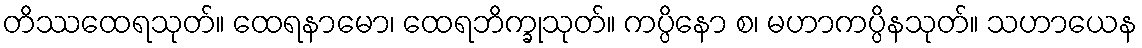
တိဿထေရသုတ်။ ထေရနာမော၊ ထေရဘိက္ခုသုတ်။ ကပ္ပိနော စ၊ မဟာကပ္ပိနသုတ်။ သဟာယေန